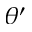
\theta ^ { \prime }